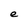
Character: e